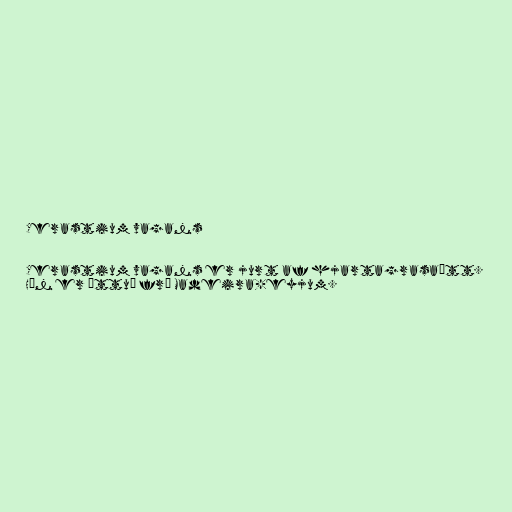
Cerastium vagans

Cerastium vagans er jurt af hjartagrasaætt.
Hún er ættuð frá Madeira-eyjum.